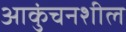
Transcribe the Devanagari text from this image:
आकुंचनशील